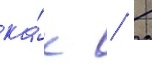
ка́к